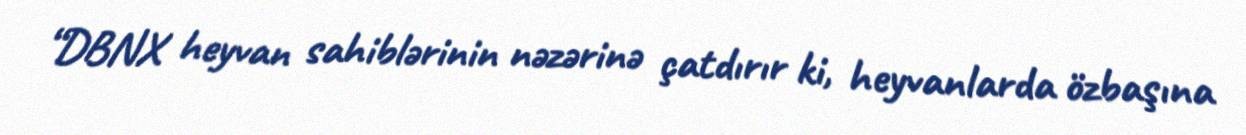
“DBNX heyvan sahiblərinin nəzərinə çatdırır ki, heyvanlarda özbaşına